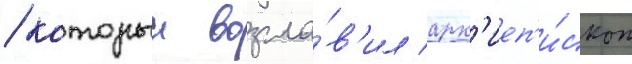
/ которыи возгла́в'ил арх'иеп'и́скоп